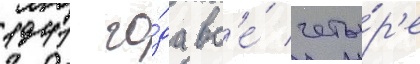
1941 го́да вс'е́ четы́р'е